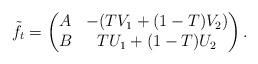
LaTeX: \begin{align*}\tilde{f}_t = \begin{pmatrix} A & -(TV_1 + (1-T)V_2)\\ B & TU_1 + (1-T)U_2\end{pmatrix}.\end{align*}